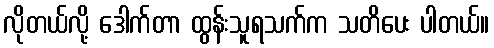
လိုတယ်လို့ ဒေါက်တာ ထွန်းသူရသက်က သတိပေး ပါတယ်။